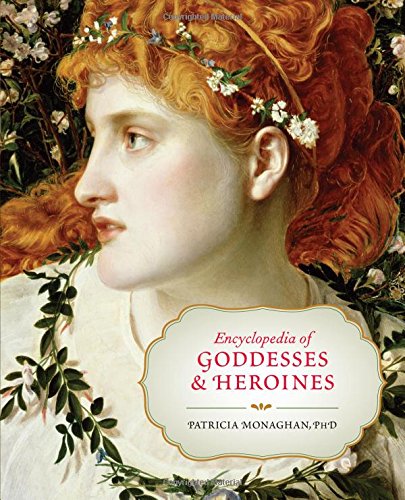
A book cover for Encyclopedia of Goddesses and Heroines; Patricia Monaghan; Reference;